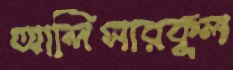
আলিসারকুল